Lunatic asylums Madras 1892-1911 - 1892-1911
Year: 1892
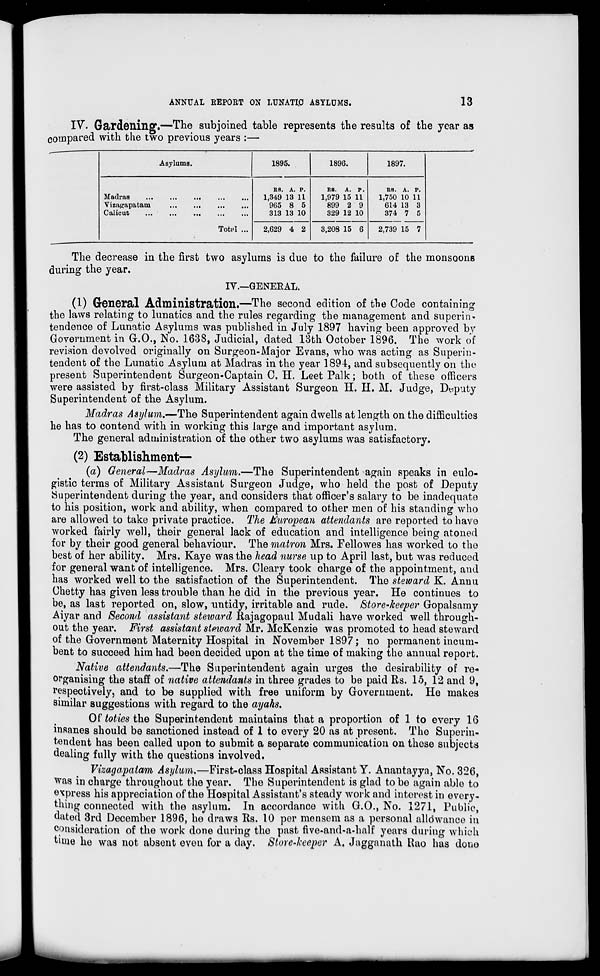
ANNUAL REPORT ON LUNATI.0 ASYLUMS.
13
IV. Gardening.—The subjoined table represents the results of the year as
compared with the two previous years :—
Asylums.
1895.
189G.
1897.
Madras
Vizagapatam
Calicut
Totnl
RS. A. P.
1,349 13 11
965 8 5
313 13 10
2,629 4 2
R8. A. P.
1,979 15 11
899 2 9
329 12 10
3,208 15 6
RS. A. P.
1,750 10 11
614 13 3
374 7 5
2,739 15 7
The decrease in the first two asylums is due to the failure of the monsoons
during the year.
IV.—GENERAL.
(1) General Administration.—The second edition of the Code containing
the laws relating to lunatics and the rules regarding the management and superin-
tendence of Lunatic Asylums was published in July 1897 having been approved bv
Government in G.O., No. 163S, Judicial, dated 13th October 1896. The work of
revision devolved originally on Surgeon-Major Evans, who was acting as Superin-
tendent of the Lunatic Asylum at Madras in the year 1894, and subsequently on the
present Superintendent Surgeon-Captain 0. H. LeetPalk; both of these officers
were assisted by first-class Military Assistant Surgeon H. H. M. Judge, Deputy
Superintendent of the Asylum.
Madras Asylum.—The Superintendent again dwells at length on the difficulties
he has to contend with in working this large and important asylum.
The general administration of the other two asylums was satisfactory.
(2) Establishment—
(a) General—Madras Asylum.—The Superintendent again speaks in eulo-
gistic terras of Military Assistant Surgeon Judge, who held the post of Deputy
•Superintendent during the year, and considers that officer's salary to be inadequate
to his position, work and ability, when compared to other men of his standing who
are allowed to take private practice. The European attendants are reported to have
worked fairly well, their general lack of education and intelligence being atoned
for by their good general behaviour. The matron Mrs. Fellowes has worked to the
best of her ability. Mrs. Kaye was the head nurse up to April last, but was reduced
for general want of intelligence. Mrs. Cleary took charge of the appointment, and
has worked well to the satisfaction of the Superintendent. The steward K. Annu
Chetty has given less trouble than he did in the previous year. He continues to
be, as last reported on, slow, untidy, irritable and rude. Store-keeper Gopalsamy
■Aiyar and Second assistant steward llajagopaul Mudali have worked well through-
out the year. First assistant steward Mr. McKenzie was promoted to head steward
of the Government Maternity Hospital in November 1897; no pormanent incum-
bent to succeed him had been decided upon at the time of making the annual report.
Native attendants.—The Superintendent again urges the desirability of re-
organising the staff of native attendants in three grades to be paid Rs. 15, 12 and 9,
respectively, and to be supplied with free uniform by Government. He makes
similar suggestions with regard to the ayahs.
Of toties the Superintendent maintains that a proportion of 1 to every 16
insanes should be sanctioned instead of 1 to every 20 as at present. The Superin-
tendent has been called upon to submit a separate communication on these subjects
dealing fully with the questions involved.
Vizagapatam Asylum.—First-class Hospital Assistant Y. Anantayyn, No. 326,
was in charge throughout the year. The Superintendent is glad to bo again able to
express his appreciation of the Hospital Assistant's steady work and interest in every-
thing connected with the asylum. In accordance with G.O., No. 1271, Public,
dated 3rd December 1896, he draws Its. 10 per mensem as a personal alldwanco in
consideration of the work done during tho past five-and-a-half years during which
time ho was not absent eveu for a day. Store-keeper A. Jagganath Uao has done